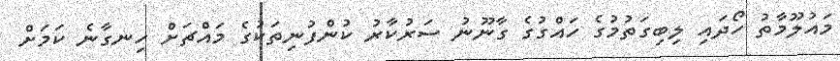
މައުލޫމާތު ހޯދައި ލިބިގަތުމުގެ ހައްގުގެ ގާނޫނު ސަރުކާރު ކުންފުނިތަކުގެ މައްޗަށް ހިނގާނެ ކަމަށް